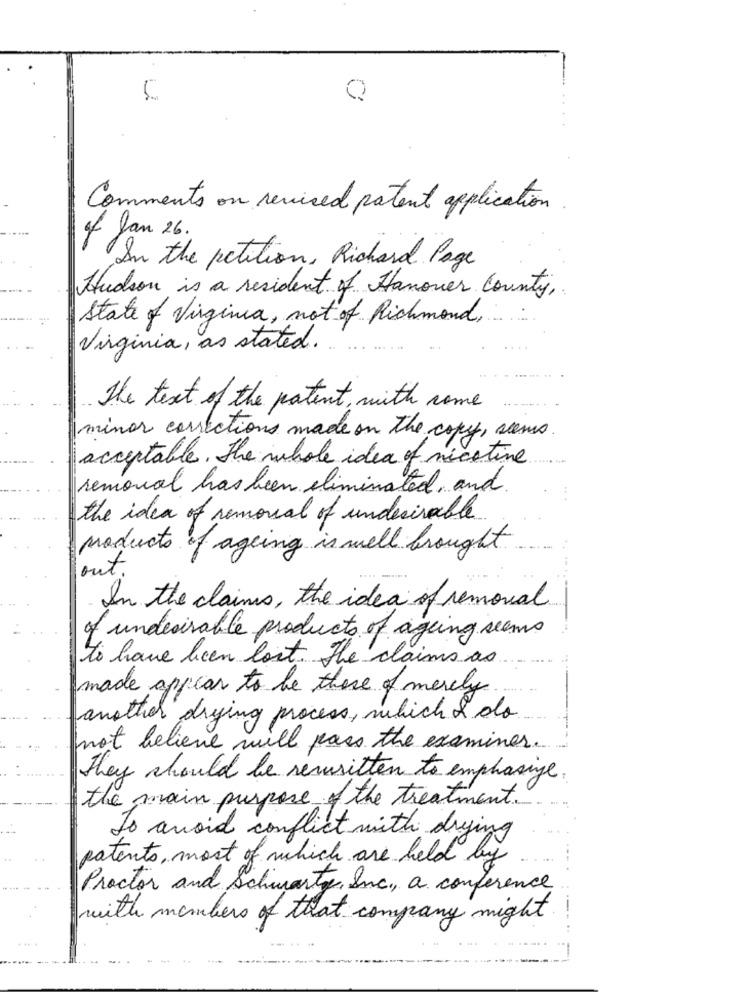
Q
Comments on revised patent application
of Jan 26.
In the petition, Richard Page
Hudson is a resident of Hanover County,
State of Virginia, not of Richmond,
Virginia, as stated ..
The text of the patent, with come
minor corrections made on the copy, soms
acceptable. The whole idea of nicotine
removal has been eliminated, and
...
the idea of removal of undesirable
products of ageing is well brought
out.
In the claims, the idea of removal
of undesirable products of ageing seems
to have been lost. The claims as
made appear to be there of mercy
another drying process, which & do
not believe will pass the examines.
They should be rewritten to emphasize.
the main purpose of the treatment.
To avoid conflict with drying
patents, most of which are held by
Proctor and Schwartz, Inc ., a conference
with members of that company might